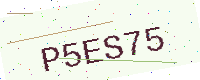
Text: P5ES75